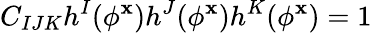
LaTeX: C_{IJK}h^{I}(\phi^{\mathbf{x}})h^{J}(\phi^{\mathbf{x}})h^{K}(\phi^{\mathbf{x}})=1